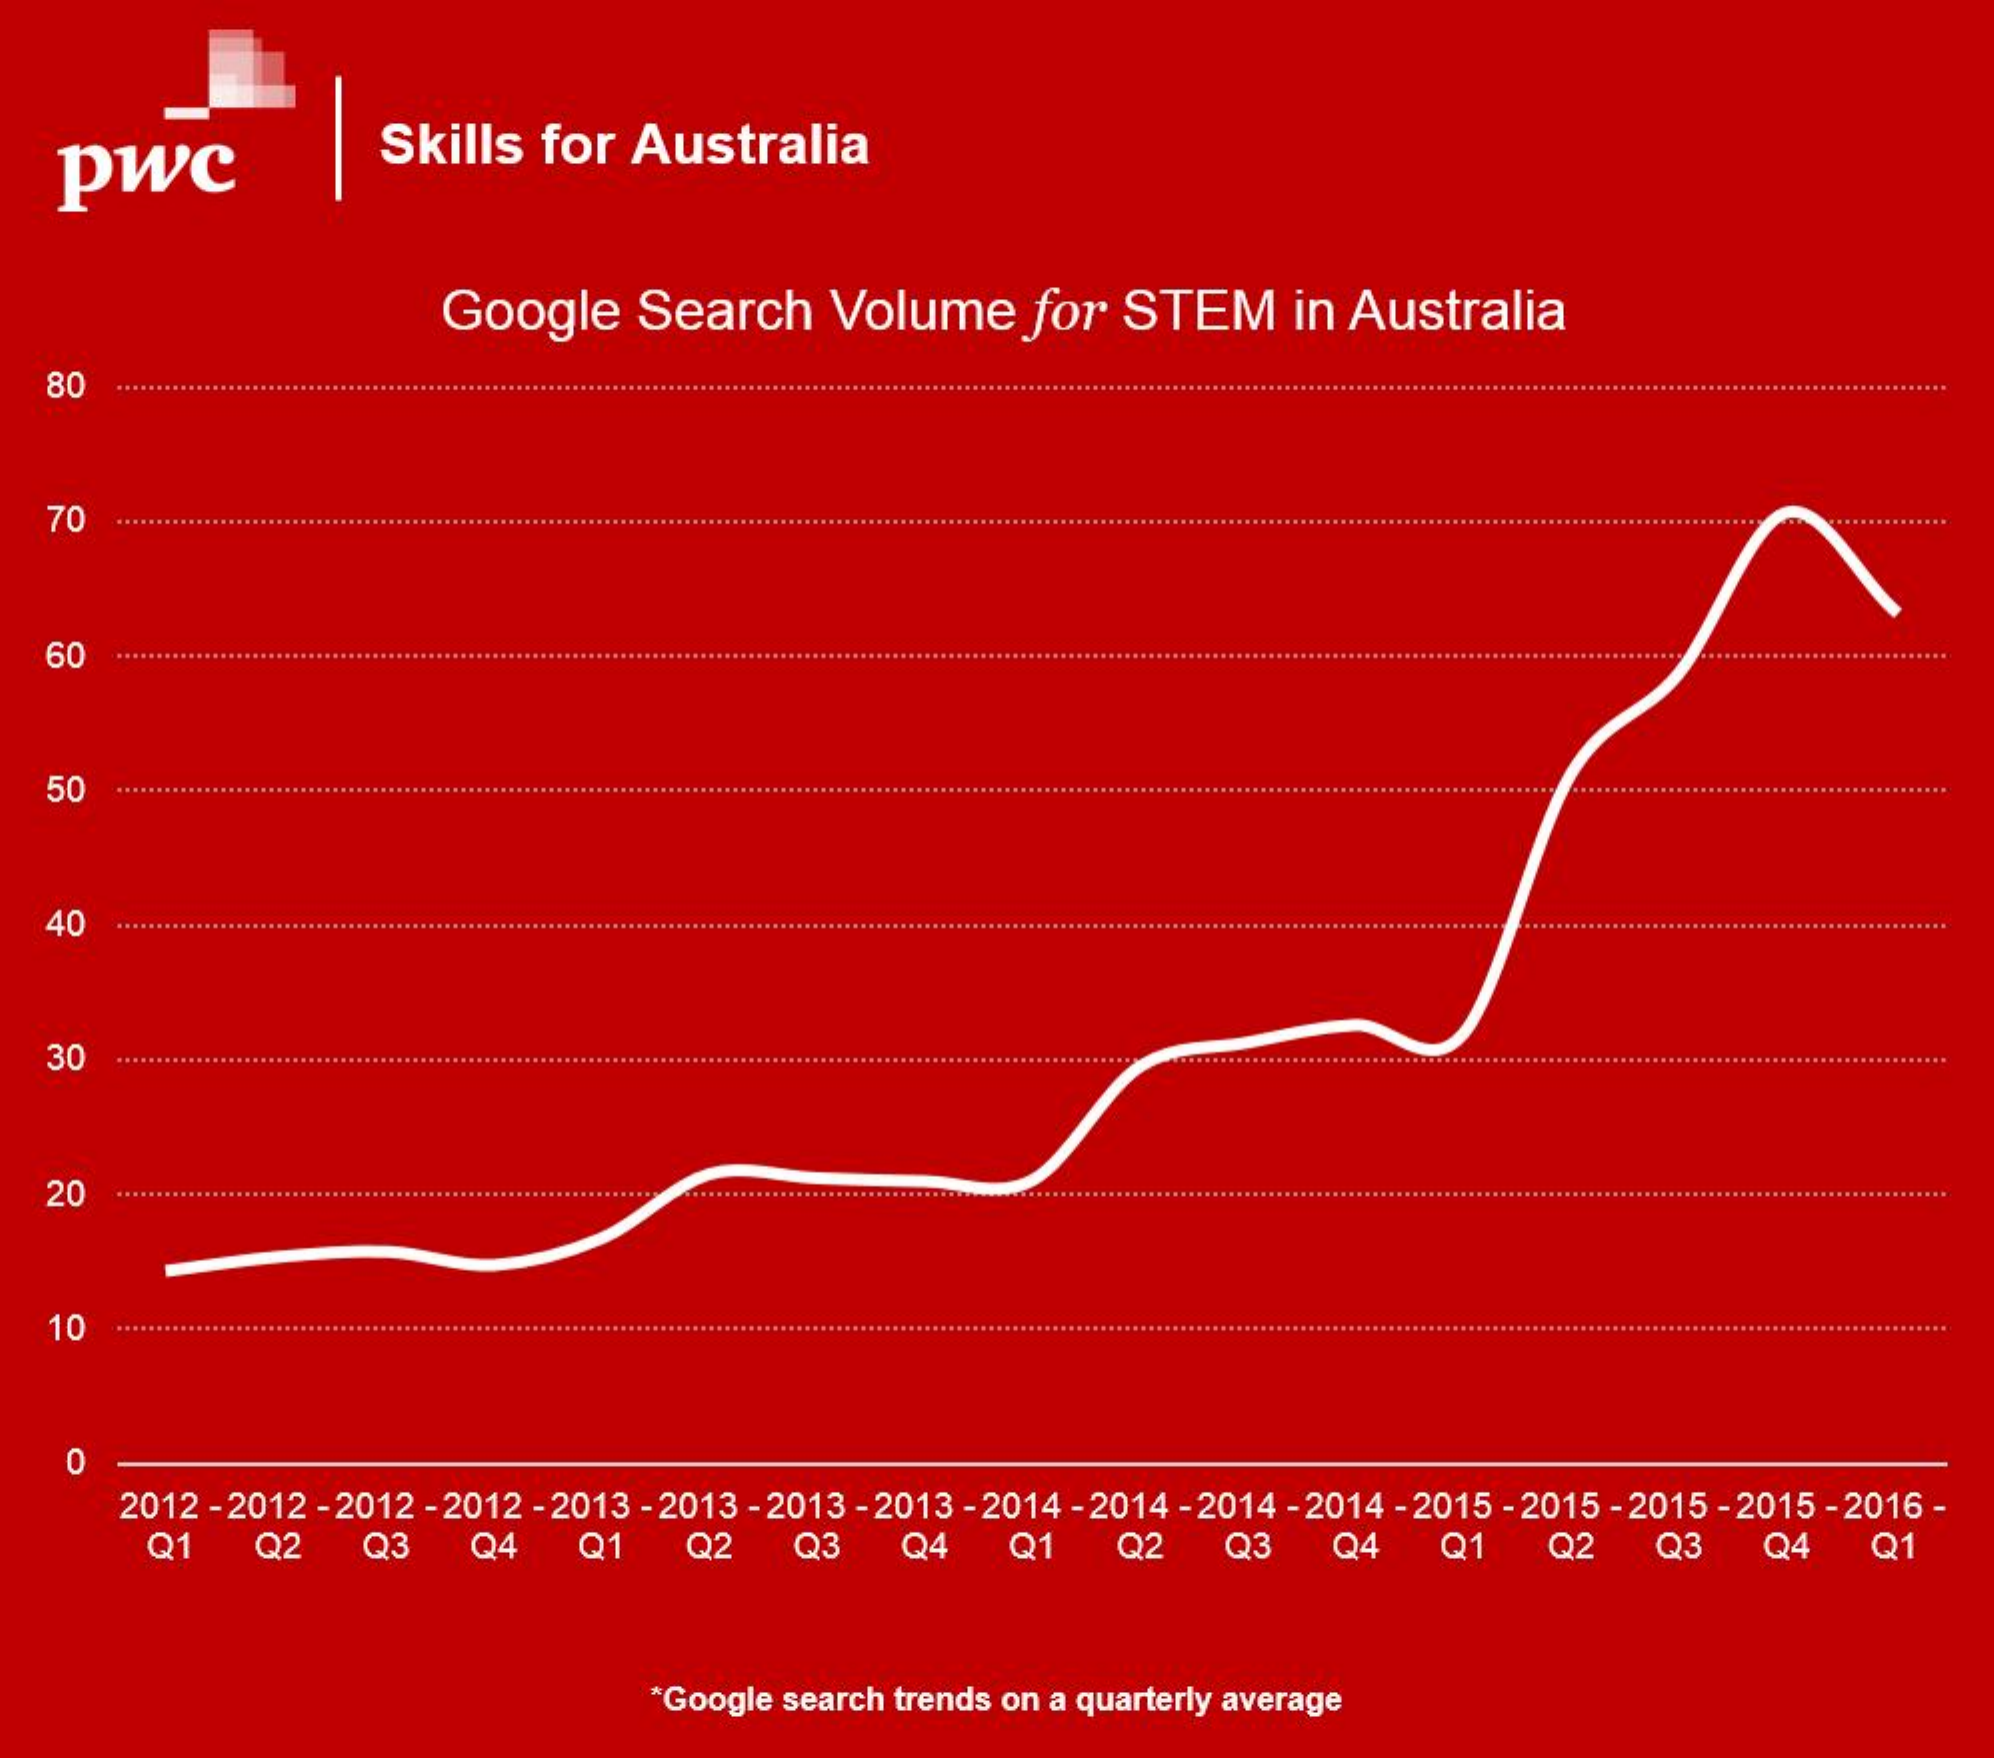
pwc
     Skills for Australia
     Google   Search  Volume    for STEM    in Australia
  80
   70
   60    ..............
   50
   40
   30
   20
   10
   0
     2012 -2012 - 2012 -2012 - 2013 - 2013 - 2013 - 2013 -2014 - 2014 - 2014 -2014 - 2015 -2015 - 2015 - 2015 -2016 -
     Q1   Q2   Q3   Q4   Q1   Q2   Q3   Q4   Q1   Q2   Q3   Q4   Q1   Q2   Q3   Q4   Q1
     "Google search trends on a quarterly average